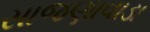
સાજણાવાડા